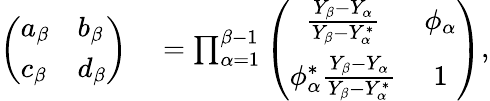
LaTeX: \begin{array}{rl}{\left(\begin{array}{ll}{a_{\beta}}&{b_{\beta}}\\ {c_{\beta}}&{d_{\beta}}\end{array}\right)}&{{}=\prod_{\alpha=1}^{\beta-1}\left(\begin{array}{cc}{\frac{Y_{\beta}-Y_{\alpha}}{Y_{\beta}-Y_{\alpha}^{*}}}&{\phi_{\alpha}}\\ {\phi_{\alpha}^{*}\frac{Y_{\beta}-Y_{\alpha}}{Y_{\beta}-Y_{\alpha}^{*}}}&{1}\end{array}\right),}\end{array}